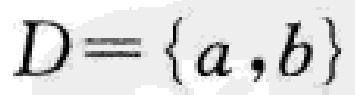
\(D = \{a ,b\}\)